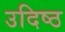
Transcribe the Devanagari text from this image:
उदिष्ठ